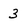
Character: 3